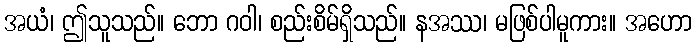
အယံ၊ ဤသူသည်။ ဘော ဂဝါ၊ စည်းစိမ်ရှိသည်။ နအဿ၊ မဖြစ်ပါမူကား။ အဟော